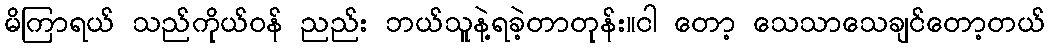
မိကြာရယ် သည်ကိုယ်ဝန် ညည်း ဘယ်သူနဲ့ရခဲ့တာတုန်း။ငါ တော့ သေသာသေချင်တော့တယ်